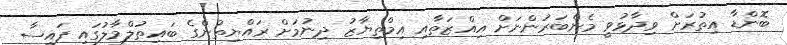
ބޮންޑާ އިތުރަށް ވިދާޅުވީ މެންބަރުންނަށް އިއްޒަތާއި އިމްތިޔާޒު ދިނުމަށް ރައްޔިތުންގެ ބައިތުލްމާލުގައި ފައިސާ